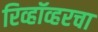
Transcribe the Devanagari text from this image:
रिव्हॉव्हरचा